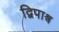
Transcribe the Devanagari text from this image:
द्विपाश्र्व